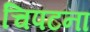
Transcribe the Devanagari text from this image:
चिपटना